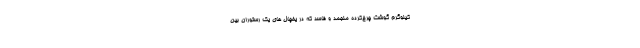
کیلوگرم گوشت چرخ‌کرده منجمد و فاسد که در یخچال های یک رستوران بین